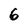
Character: 6